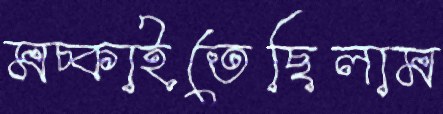
মচ্‌কাইতেছিলাম